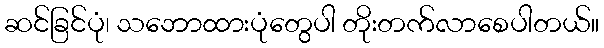
ဆင်ခြင်ပုံ၊ သဘောထားပုံတွေပါ တိုးတက်လာစေပါတယ်။